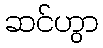
ဆင်ဟွာ